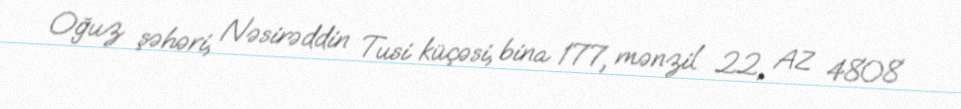
Oğuz şəhəri, Nəsirəddin Tusi küçəsi, bina 177, mənzil 22, AZ 4808